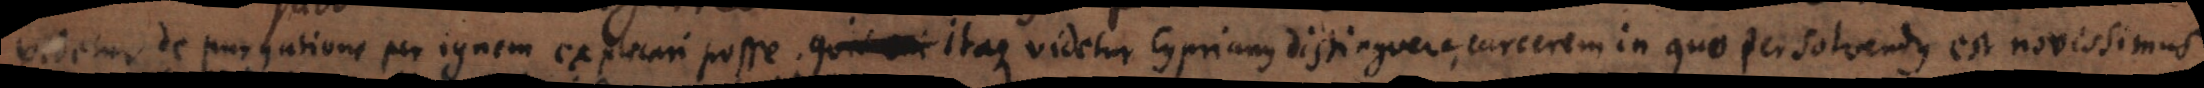
videtur de purgatione per ignem explicari posse. Itaque videtur Cyprianus distinguere, carcerem in quo persolvendus est novissimus